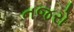
નજરો